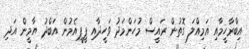
އިބްރާހީމާއި އަމިއްލަ ގޮތުން ރައީސް މުހަންމަދު ވަހީދާއި ޕީޕީއެމުން އަބްދު ޔާމީން އަދި